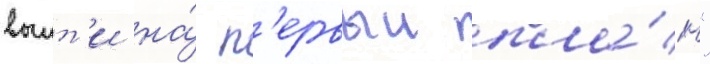
выит'и на́ п'ервыи пла́н"